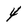
Character: 4